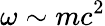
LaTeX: \omega\sim mc^{2}